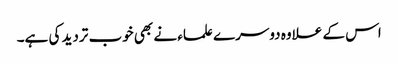
اس کے علاوہ دوسرے علماء نے بھی خوب تردید کی ہے۔